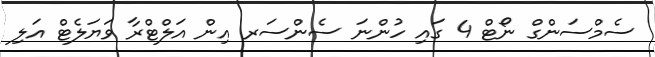
ސެމްސަންގް ނޯޓް 4 ގައި ހުންނަ ސެންސަރ އިން އަލްޓްރާ ވަޔަލެޓް އަލި